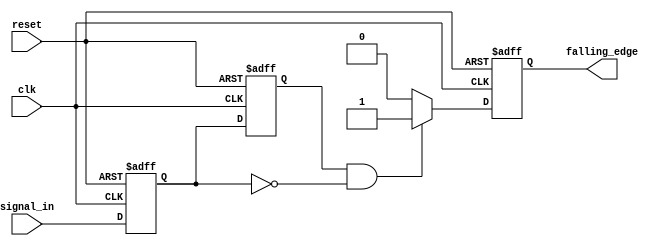
module falling_edge_detector (
    input wire clk,                 // Clock signal
    input wire reset,               // Asynchronous reset
    input wire signal_in,           // Input signal to detect falling edge
    output reg falling_edge         // Output signal for falling edge detection
);

// Memory blocks to hold current and previous states
reg current_state;                // Current state of the input signal
reg previous_state;               // Previous state of the input signal

// Always block triggered on the rising edge of the clock or reset
always @(posedge clk or posedge reset) begin
    if (reset) begin
        // Initialize states and output on reset
        current_state <= 1'b0;
        previous_state <= 1'b0;
        falling_edge <= 1'b0;
    end else begin
        // Update the previous state to the current state
        previous_state <= current_state;
        // Update the current state with the input signal
        current_state <= signal_in;

        // Falling edge detection logic
        if (previous_state == 1'b1 && current_state == 1'b0) begin
            falling_edge <= 1'b1; // Detect falling edge
        end else begin
            falling_edge <= 1'b0; // No falling edge detected
        end
    end
end

endmodule